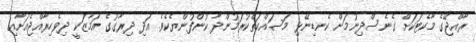
ރާއްޖޭގެ މާކެޓަކަށް ގެނެސްދިނުމަށް ކެނޑިނޭޅި މަސައްކަތްކުރަމުންދާ ކުންފުންޔެކެވެ. އަދި ދިރާގުގެ އަމާޒަކީ ދިވެހިރާއްޖެއަށާއި